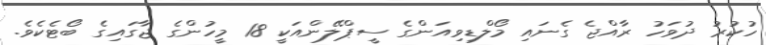
ހުކުރު ދުވަހު ރާއްޖެ ގެނައި މޯލްޑިވިއަންގެ ސީޕްލޭންއަކީ 18 މީހުންގެ ޖާގައިގެ ބޯޓެކެވެ.